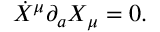
\dot { X } ^ { \mu } \partial _ { a } X _ { \mu } = 0 .